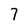
Character: 7